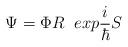
LaTeX: \begin{align*}\Psi = \Phi R\hspace{.1in} exp \frac{i}{\hbar}S\end{align*}